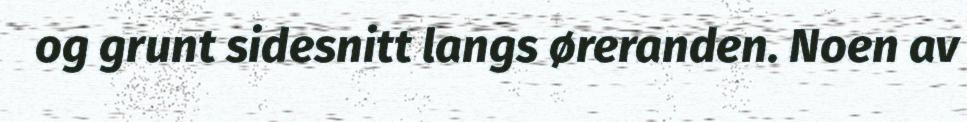
og grunt sidesnitt langs øreranden. Noen av